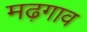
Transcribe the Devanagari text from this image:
मढ़गाव